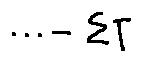
\cdots - \sum T